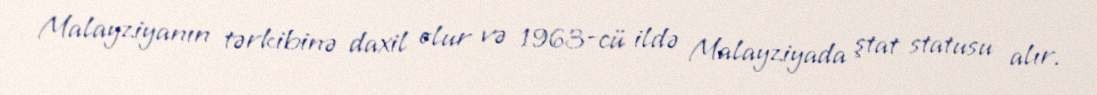
Malayziyanın tərkibinə daxil olur və 1963-cü ildə Malayziyada ştat statusu alır.